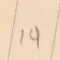
19